NAE_ERA_R-2362_Emakeele_Selts, lk 3
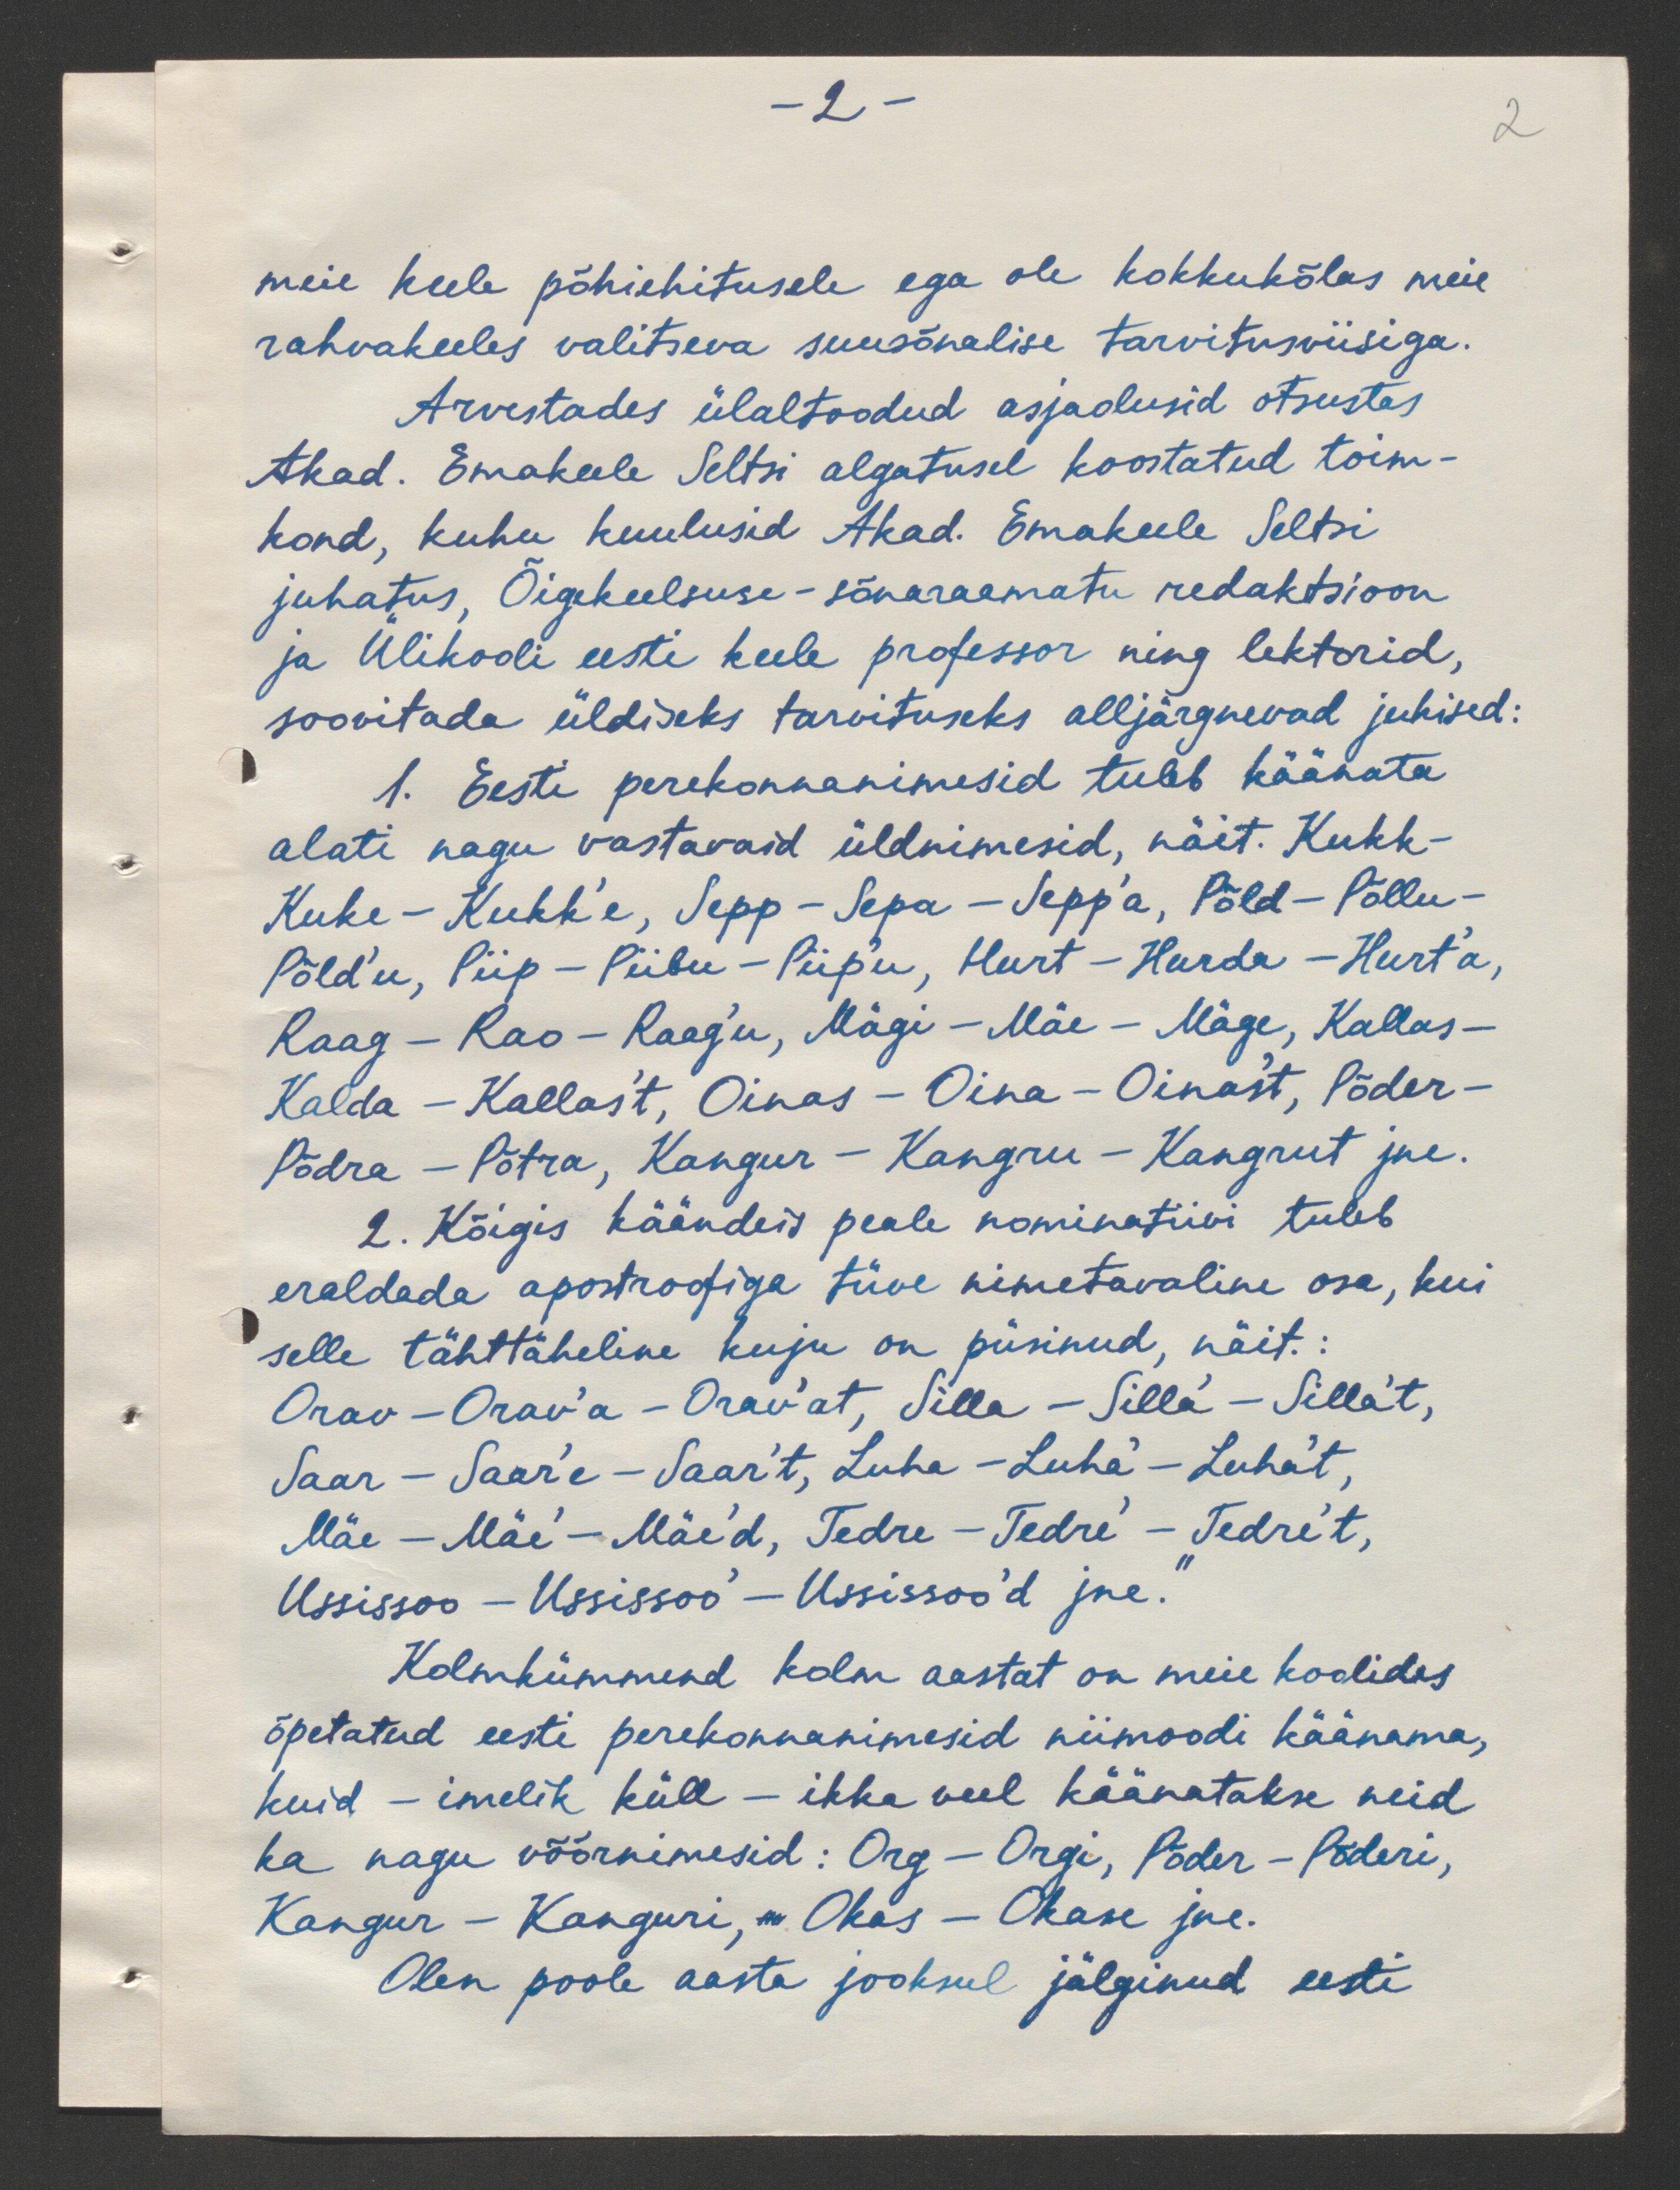
-2 -
2
meie keele põhiehitusele ega ole kokkukõlas meie
rahvakeeles valitseva suusõnalise tarvitusviisiga.
Arvestades ülaltoodud asjaolusid otsustas
Akad. Emakeele Seltsi algatusel koostatud toim-
kond, kuhu kuulusid Akad. Emakeele Seltsi
juhatus, Õigekeelsuse-sõnaraamatu redaktsioon
ja Ülikooli eesti keele professor ning lektorid,
soovitada üldiseks tarvituseks alljärgnevad juhised:
1. Eesti perekonnanimesid tuleb käänata
alati nagu vastavaid üldnimesid, näit. Kukk-
Kuke - Kukk'e, Sepp - Sepa - Sepp'a, Põld - Põllu-
Põld'u, Piip - Piibu - Piip'u, Hurt - Hurda - Hurt'a,
Raag - Rao - Raag'u, Mägi - Mäe -Mäge, Kallas -
Kalda - Kallas't, Oinas - Oina - Oinas't, Põder-
Põdra - Põtra, Kangur - Kangru - Kangrut jne.
2. Kõigis käändeis peale nominatiivi tuleb
eraldada apostroofiga tüve nimetavaline osa, kui
selle tähttäheline kuju on püsinud, näit.:
Orav-Orav'a - Orav'at, Silla - Silla' - Silla't,
Saar - Saar'e-Saar't, Luha - Luha'-Luha't,
Mäe - Mäe'- Mäe'd, Tedre -Tedre' - Tedre't,
Ussissoo - Ussissoo' - Ussissoo'd jne."
Kolmkümmend kolm aastat on meie koolides
õpetatud eesti perekonnanimesid niimoodi käänama,
kuid - imelik küll - ikka veel käänatakse neid
ka nagu võõrnimesid: Org - Orgi, Põder - Põderi,
Kangur - Kanguri, Okas - Okase jne.
Olen poole aasta jooksul jälginud eesti